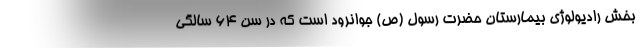
بخش رادیولوژی بیمارستان حضرت رسول (ص) جوانرود است که در سن ۶۴ سالگی